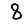
Digit: 8